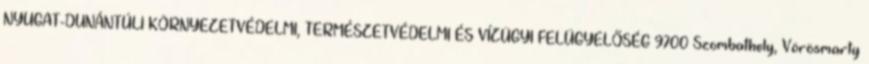
NYUGAT-DUNÁNTÚLI KÖRNYEZETVÉDELMI, TERMÉSZETVÉDELMI ÉS VÍZÜGYI FELÜGYELŐSÉG 9700 Szombathely, Vörösmarty